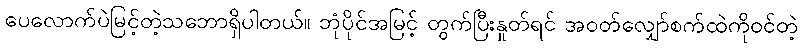
ပေလောက်ပဲမြင့်တဲ့သဘောရှိပါတယ်။ ဘုံပိုင်အမြင့် တွက်ပြီးနှုတ်ရင် အဝတ်လျှော်စက်ထဲကိုဝင်တဲ့